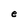
Character: e